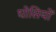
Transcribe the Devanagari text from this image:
घोसियों